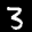
Label: 3